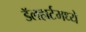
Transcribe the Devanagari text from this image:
डॅलहार्टमध्ये